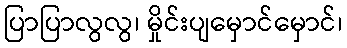
ပြာပြာလွလွ၊ မှိုင်းပျမှောင်မှောင်၊